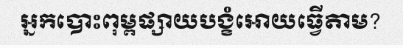
អ្នកបោះពុម្ពផ្សាយបង្ខំអោយធ្វើតាម?